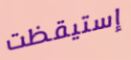
إستيقظت